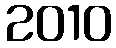
2010